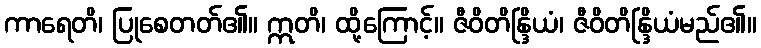
ကာရေတိ၊ ပြုစေတတ်၏။ ဣတိ၊ ထို့ကြောင့်။ ဇီဝိတိန္ဒြိယံ၊ ဇီဝိတိန္ဒြိယံမည်၏။